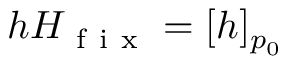
h H _ { \mathrm { ~ f ~ i ~ x ~ } } = [ h ] _ { p _ { 0 } }